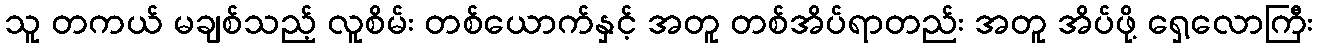
သူ တကယ် မချစ်သည့် လူစိမ်း တစ်ယောက်နှင့် အတူ တစ်အိပ်ရာတည်း အတူ အိပ်ဖို့ ရှေ့လောကြီး